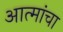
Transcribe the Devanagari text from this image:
आत्मांचा